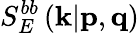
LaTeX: S_{E}^{bb}\left(\textit{\textbf{k}}|\textit{\textbf{p}},\textit{\textbf{q}}\right)